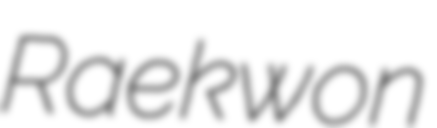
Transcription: Raekwon